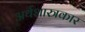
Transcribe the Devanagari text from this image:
अर्थशास्त्रकार